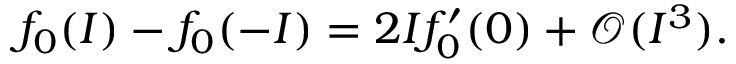
f _ { 0 } ( I ) - f _ { 0 } ( - I ) = 2 I f _ { 0 } ^ { \prime } ( 0 ) + \mathcal { O } ( I ^ { 3 } ) .